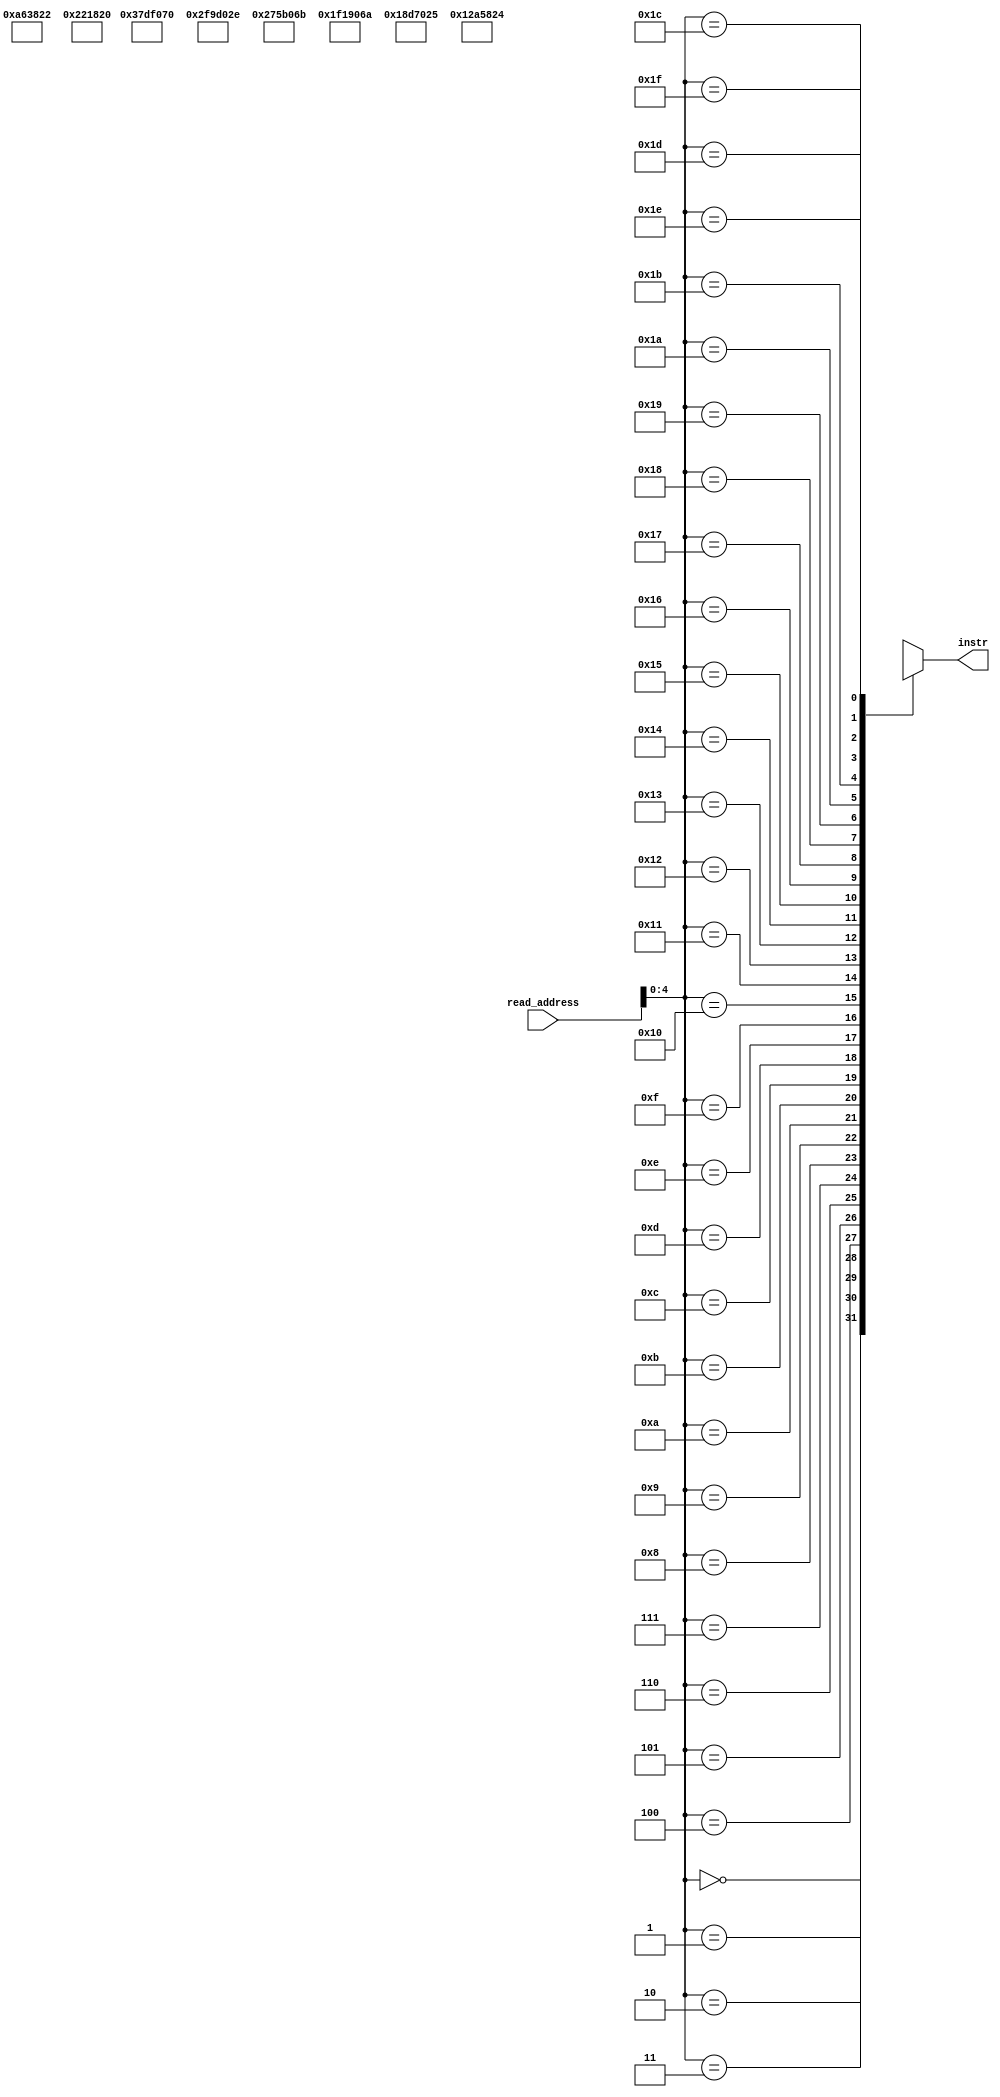
module instruction_memory(instr,read_address);
input [31:0]read_address;
output reg[31:0]instr;
wire [31:0]mem[31:0];
assign mem[0]=32'b000000_00001_00010_00011_00000_100000;//
//rtype(000000) add(100000) the data from location00101and 00100 and store it to 00110
//op_rs_rt_rd_shamt_function

assign mem[4]=32'b000000_00101_00110_00111_00000_100010;
//rtype(000000) subtract(100010) the data from location00111and 01000 and store it to 01001
assign mem[8]=32'b000000_01001_01010_01011_00000_100100;
//rtype(000000) multiply(100010) the data from location 01010 and01011 and store result in01100
assign mem[12]=32'b000000_01100_01101_01110_00000_100101;
//rtype(000000) divide(100101) the data from location 01101 and 01110 and store result in01111
assign mem[16]=32'b000000_01111_10001_10010_00001_101010;
//rtype(00000) shift_right by amount 1
assign mem[20]=32'b000000_10011_10101_10110_00001_101011;
//rtype(000000) shift left
assign mem[24]=32'b000000_10111_11001_11010_00000_101110;
//rtype(000000) or
assign mem[28]=32'b000000_11011_11101_11110_00001_110000;
//rtype(000000) and
always@(*)
begin
instr<=mem[read_address];
end
endmodule